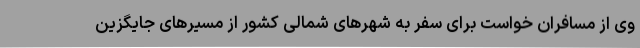
وی از مسافران خواست برای سفر به شهرهای شمالی کشور از مسیرهای جایگزین